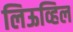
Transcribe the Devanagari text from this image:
लिऊव्हिल